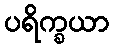
ပရိက္ခယာ